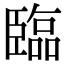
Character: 臨